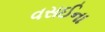
વસઈના